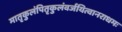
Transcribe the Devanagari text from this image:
मातृकुलंपितृकुलंवर्जयित्वानराधमः